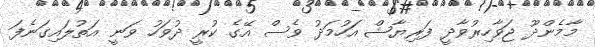
މާމެންދޫ ޖަވާހިރުވާދީ ފަރިޔާޝް އަހުމަދު ވެސް އޭގެ ކުރީ ދުވަހު ވަނީ އަތުލައިގަނެފަ